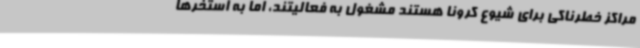
مراکز خطرناکی برای شیوع کرونا هستند مشغول به فعالیتند، اما به استخرها